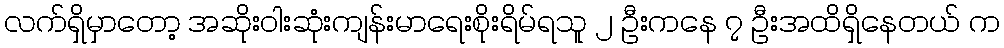
လက်ရှိမှာတော့ အဆိုးဝါးဆုံးကျန်းမာရေးစိုးရိမ်ရသူ ၂ ဦးကနေ ၇ ဦးအထိရှိနေတယ် က